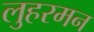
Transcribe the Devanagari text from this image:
लुहरमन